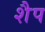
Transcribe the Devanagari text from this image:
शैप